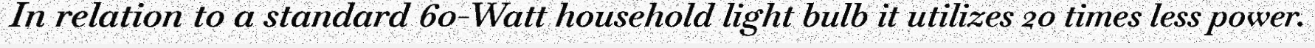
In relation to a standard 60-Watt household light bulb it utilizes 20 times less power.